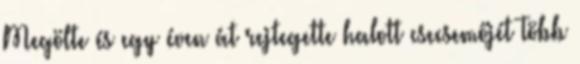
Megölte és egy éven át rejtegette halott csecsemőjét Több